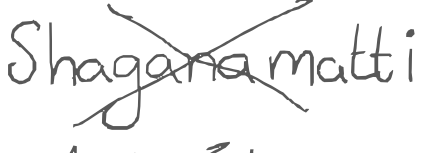
Text: Shaganamatti
Cross-out: cross
Writing tool: digital_gray